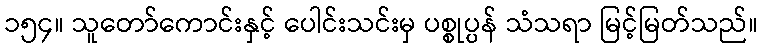
၁၅၄။ သူတော်ကောင်းနှင့် ပေါင်းသင်းမှ ပစ္စုပ္ပန် သံသရာ မြင့်မြတ်သည်။